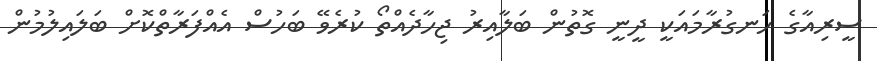
ސީރިއާގެ ހަނގުރާމައަކީ ދީނީ ގޮތުން ބަލާއިރު ޖިހާދެއްތޯ ކުރެވޭ ބަހުސް އެއްފަރާތްކޮށް ބަލައިލުމުން